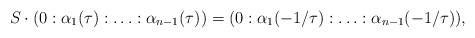
\begin{align*}S \cdot (0:\alpha_1(\tau):\ldots:\alpha_{n-1}(\tau))=(0:\alpha_1(-1/\tau):\ldots:\alpha_{n-1}(-1/\tau)),\end{align*}